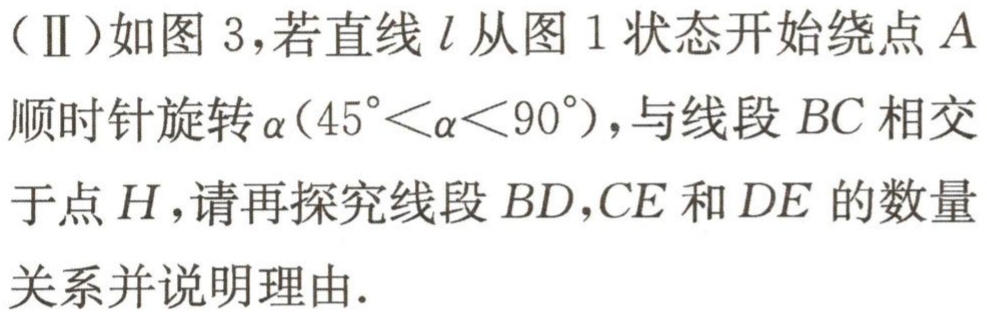
（Ⅱ）如图 3，若直线 \(l\) 从图 1 状态开始绕点 \(A\) 顺时针旋转 \(\alpha(45^{\circ}<\alpha<90^{\circ})\)，与线段 \(BC\) 相交于点 \(H\)，请再探究线段 \(BD,CE\) 和 \(DE\) 的数量关系并说明理由.